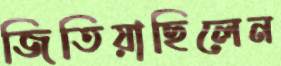
জিতিয়াছিলেন